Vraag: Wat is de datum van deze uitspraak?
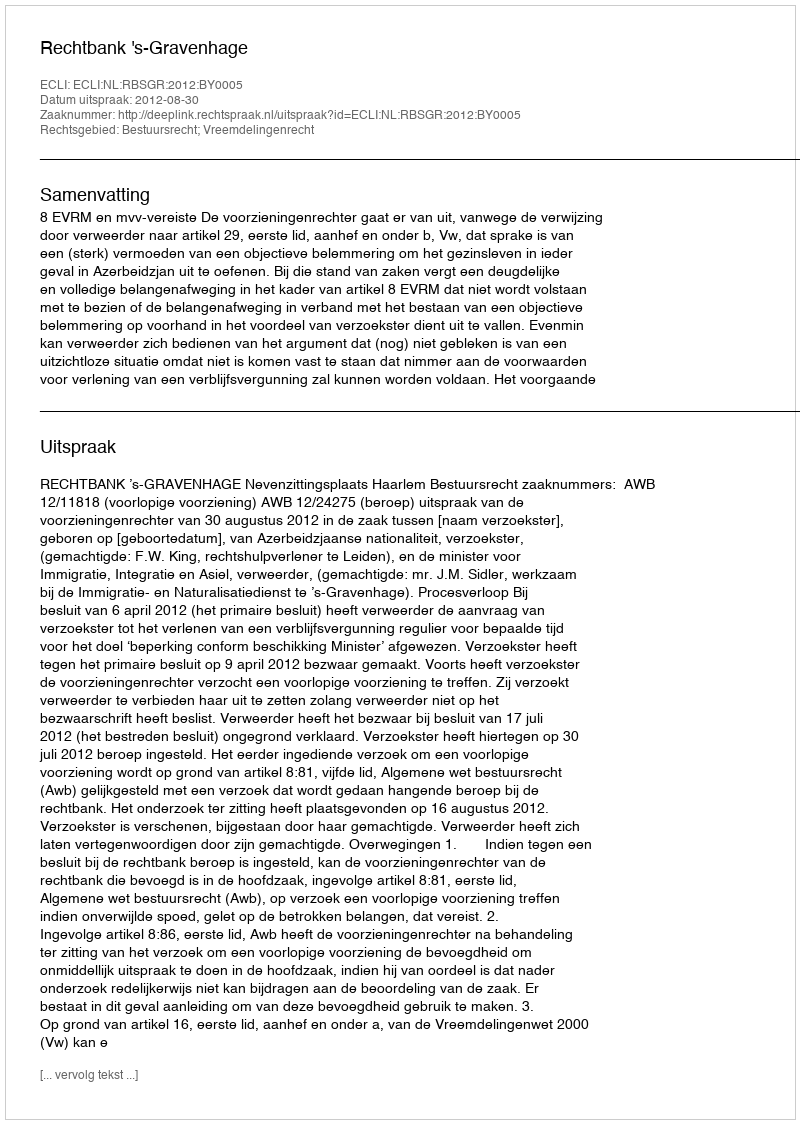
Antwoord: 2012-08-30